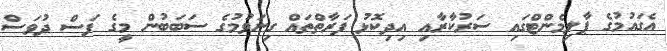
އެގައުމުގެ ޕާލިމެންޓްގައި ސަރުކާރާއި އިދިކޮޅު ފަރާތްތައް ގިނަވުމުގެ ސަބަބުން މީގެ ފަސް ދުވަސް